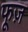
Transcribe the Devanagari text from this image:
फूज़